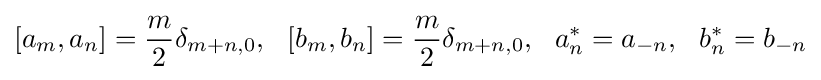
{[a_{m},a_{n}]={m \over 2}\delta _{m+n,0},\,\,\,\,[b_{m},b_{n}]={m \over 2}\delta _{m+n,0}},\,\,\,\,a_{n}^{*}=a_{-n},\,\,\,\,b_{n}^{*}=b_{-n}